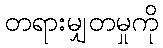
တရားမျှတမှုကို